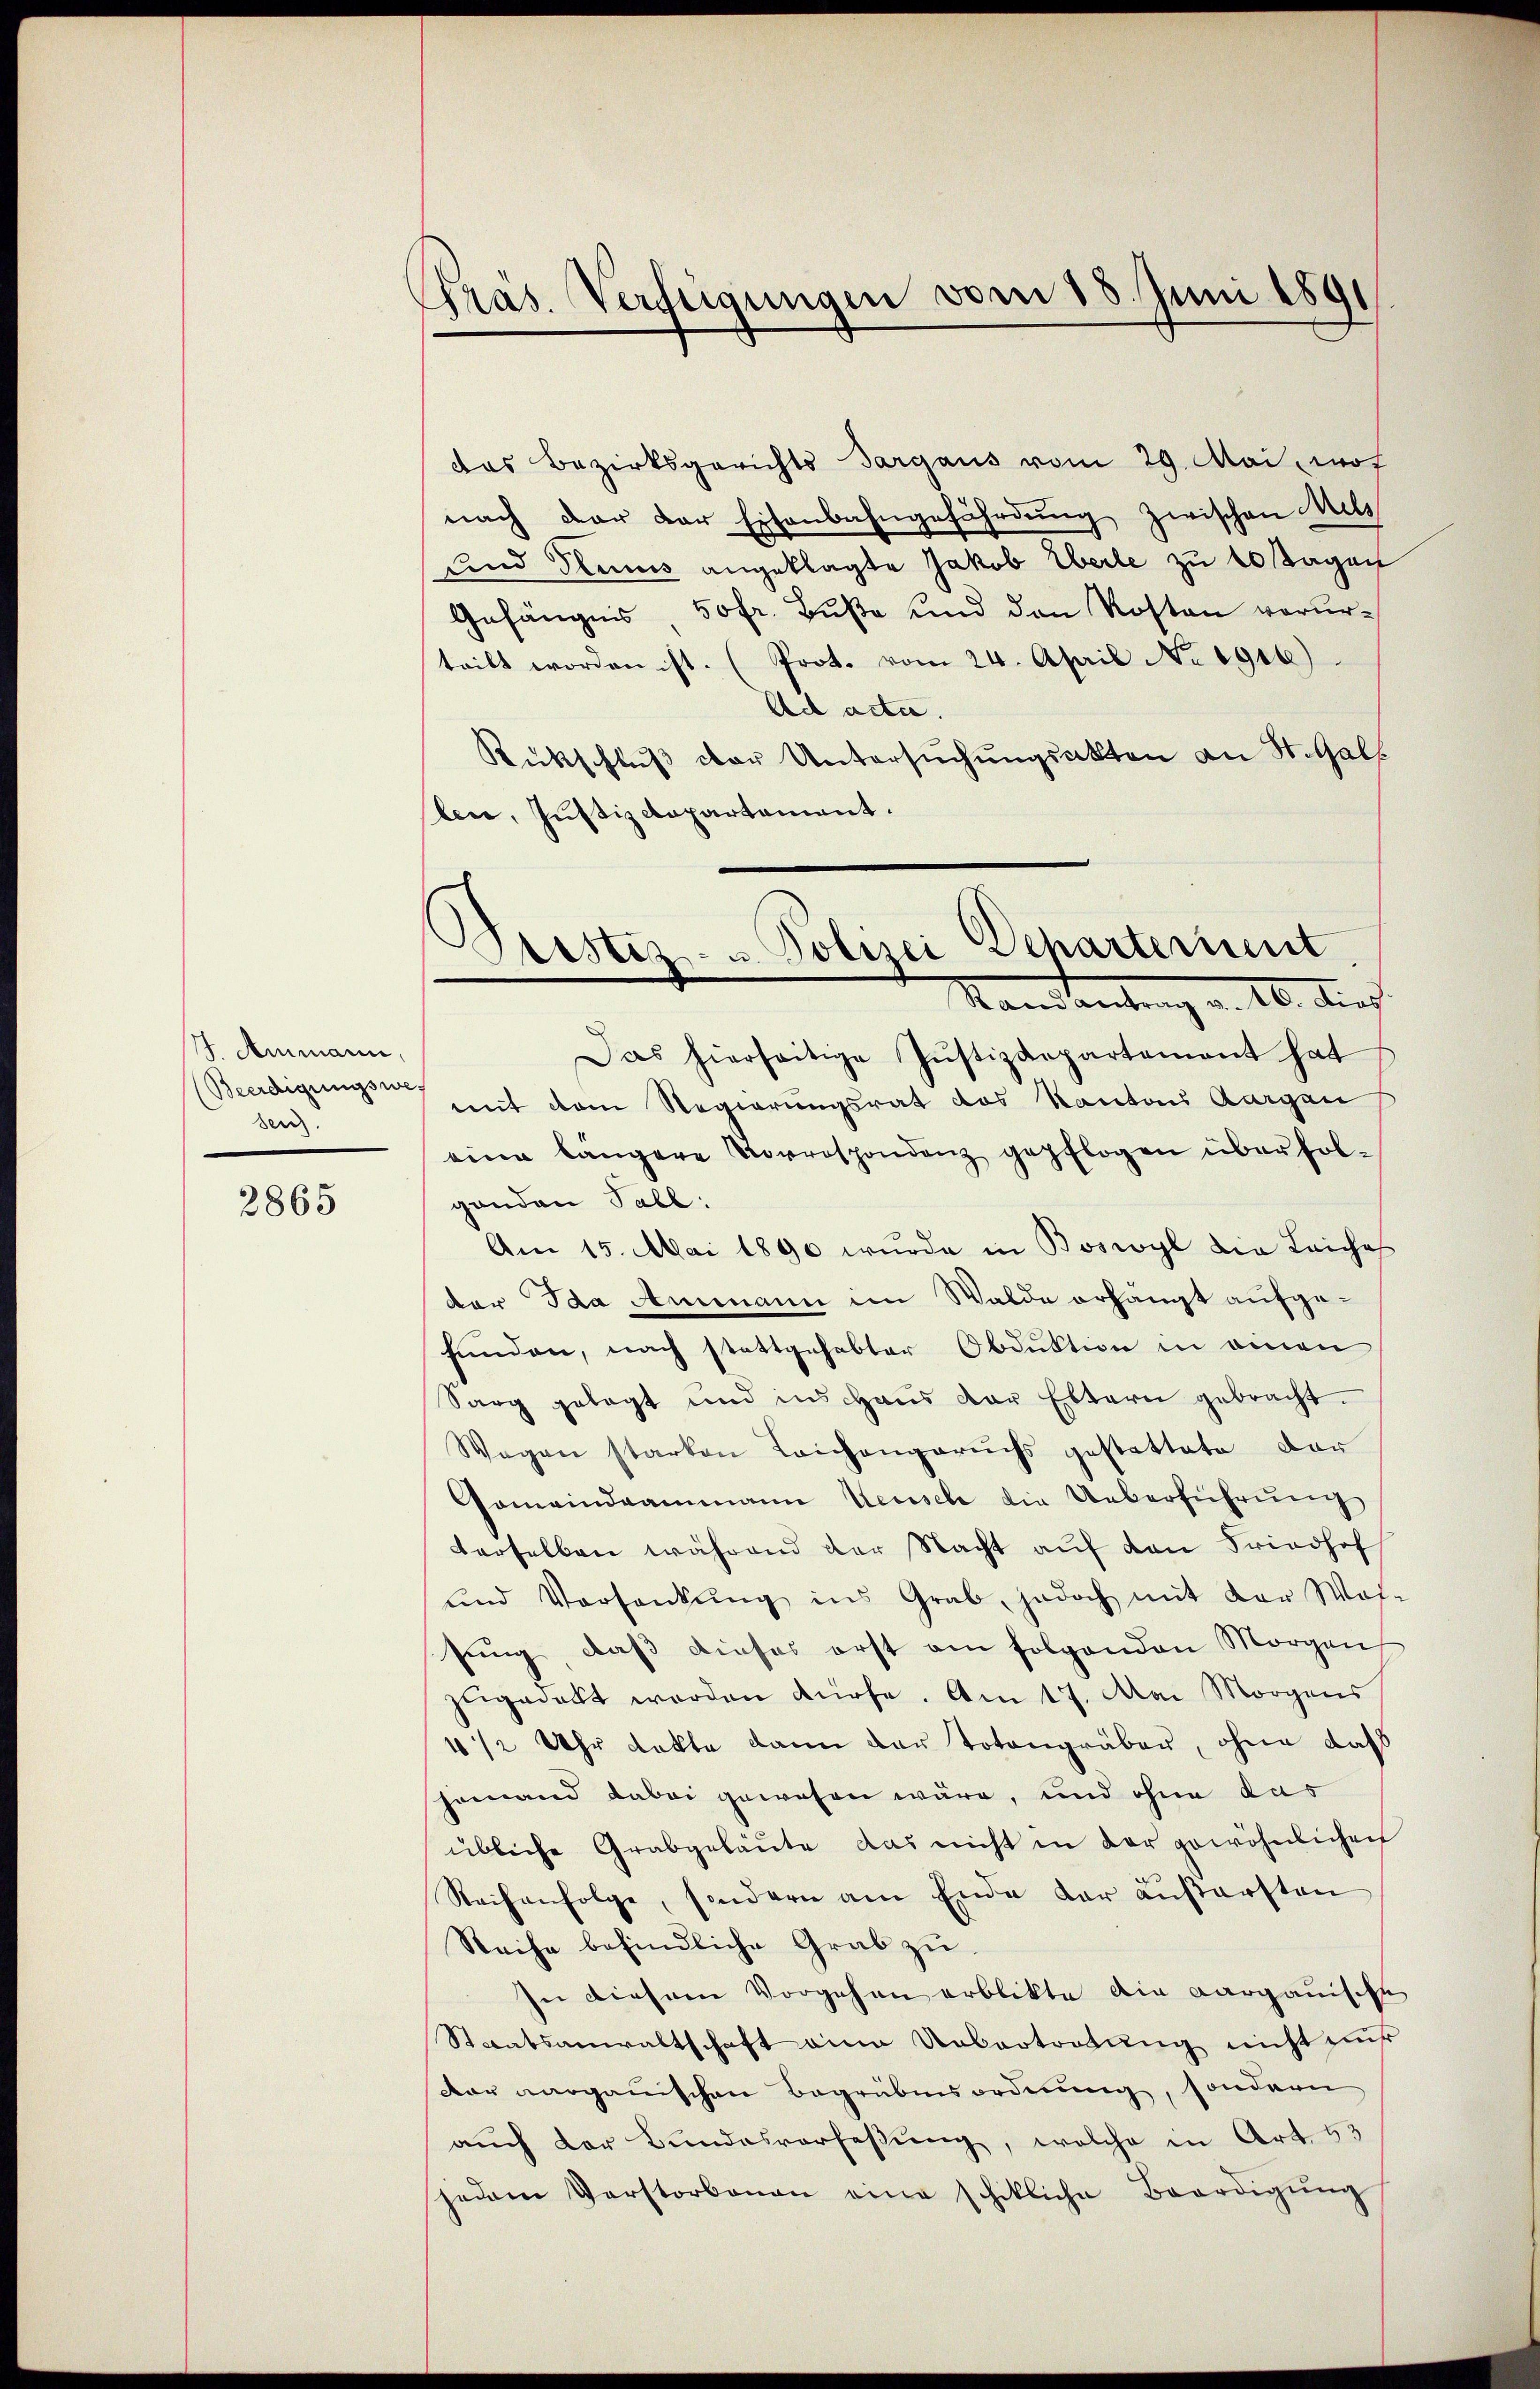
1. Ammann,
(Beerdigungswesen!

2865

Pras. Verfügungen vom 18. Juni 1891

das Bezirksgerichts Sargaus vom 29. Mai, wor
nach der der Eisenbahngefährdung zwischen Mitt
uund Plunis angeklagte Jakob Eberle zu 10 Tagen
Gefängnis, 50 fr. Buße und den Kosten verurteilt worden ist. (Prot. vom 24. April No 1916)
Ech acta.
Rückschluß der Untersuchungsakten an St. Gall
len, Justizdepartament.

Pristiz- u Polizei Departerinnt
Standantung v. 16. durch

Das hierseitige Justizdepartement hat
mit dem Regierungsrat des Kanton Aargau
eine längere Vorrespondenz gepflogen überfolganden Tabl:
Am 15. Mai 1890 wurde in Boswyl die Leiches
der Ida Ammann im Walde erhängt aufgefunden, nach stattgehabter Obduktion in einen
Sarg gelegt und ins Haus der Eltern gebracht.
Wegen starken Laichengeruchs gestattete dar
Gemeindeammann Keusel die Ueberführŭng
derselben während der Nacht aŭf den Friedhof
und Versankŭng ins Grab, jedoch mit der Woh-
sung, daß dieses erst am folgenden Morgen
zugedeckt worden dürfe. Am 17. Mai Morgens
4 1/2 Uhr dekte dann der Totengräber, ohne daß
jemand dabei gewesen wäre, und ohne das
übliche Grabgeläŭte das nicht in der gewöhnlichen
Reihenfolge, sondern am Ende der äußersten
Reihe befindliche Grab zu
In dieser Vorgehen erblikte die aargauische
Staatsanwaltschaft eine Uebertretung nicht nur
dar aarganischen Begräbnisordnung, sondern
auch der Bundesverfassung, welche in Art. 63
jedem Verstorbenen eine schikliche Beerdigŭng